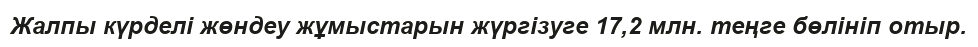
Жалпы күрделі жөндеу жұмыстарын жүргізуге 17,2 млн. теңге бөлініп отыр.